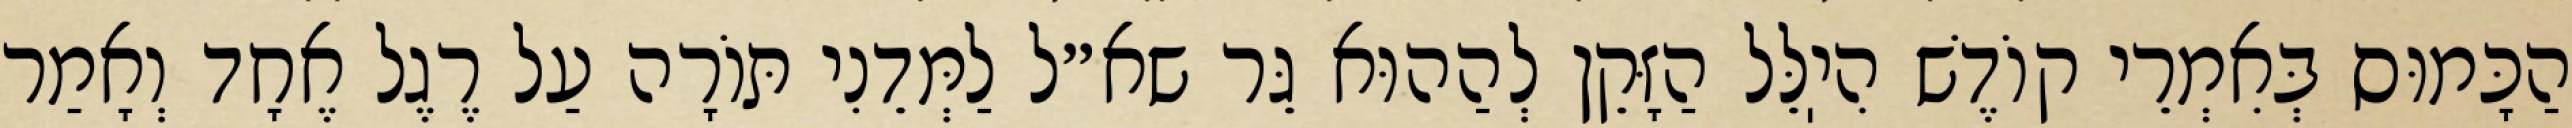
הַכָּמוּס בְּאִמְרֵי קוֹדֶשׁ הִיֽלֵּל הַזָּקֵן לְהַהוּא גֵּר שא״ל לַמְּדֵנִי תּוֹרָה עַל רֶגֶל אֶחָד וְאָמַר